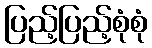
ပြည့်ပြည့်စုံစုံ